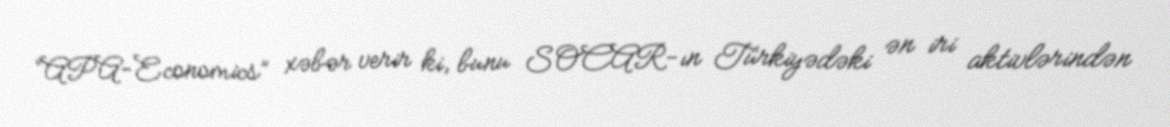
“APA-Economics” xəbər verir ki, bunu SOCAR-ın Türkiyədəki ən iri aktivlərindən